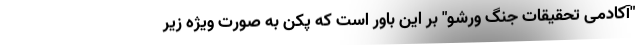
"آکادمی تحقیقات جنگ ورشو" بر این باور است که پکن به صورت ویژه زیر